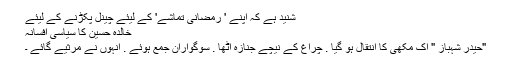
شنید ہے کہ اپنے ' رمضانی تماشے' کے لیئے چینل پکڑنے کے لیئے
خالدہ حسین کا سیاسی افسانہ
"حیدر شہباز " اک مکھی کا انتقال ہو گیا . چراغ کے نیچے جنازہ اٹھا . سوگواران جمع ہوئے . انہوں نے مرثیے گائے ۔